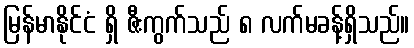
မြန်မာနိုင်ငံ ရှိ ဇီးကွက်သည် ၈ လက်မခန့်ရှိသည်။